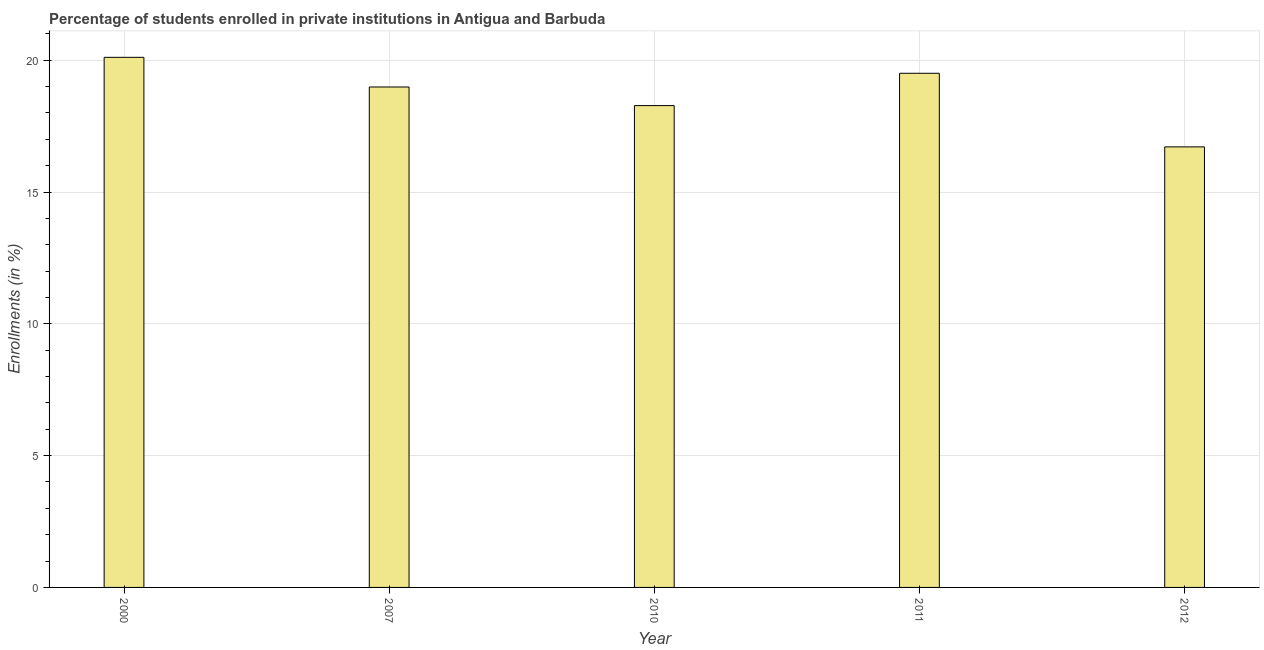
| Year | Enrollments |
 | --- | --- |
 | 2000 | 20.1 |
 | 2007 | 19 |
 | 2010 | 18.3 |
 | 2011 | 19.5 |
 | 2012 | 16.7 |